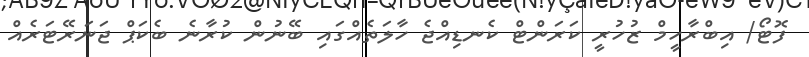
ފޮޓޯ/ އިބްރާހީމް ޒުހުރީ ކަރަންޓް ކެނޑިއްޖެ ހާލަތެއްްގައި ބޭނުން ކުރާނެ ބެކަޕް ޖަނަރޭޓަރެއް